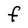
Character: F